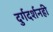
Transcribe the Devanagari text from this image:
दुर्गदर्शनही